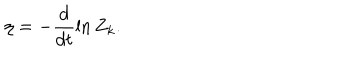
\eta = - \frac { d } { d t } \ln { Z _ { k } } .